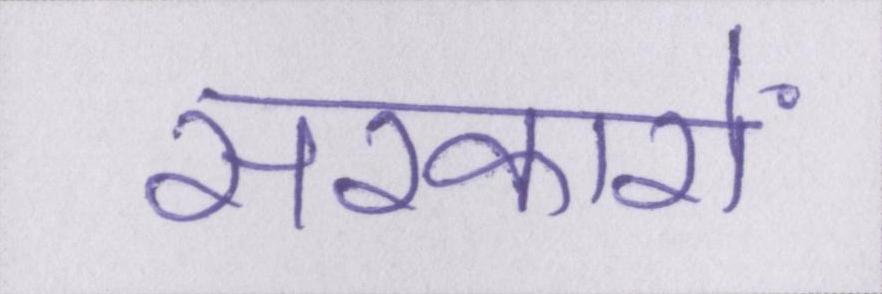
सरकारों